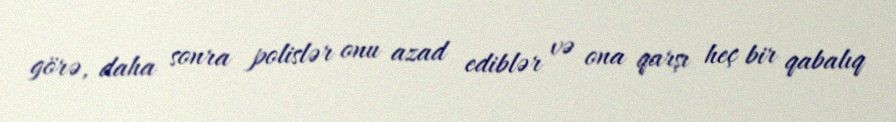
görə, daha sonra polislər onu azad ediblər və ona qarşı heç bir qabalıq